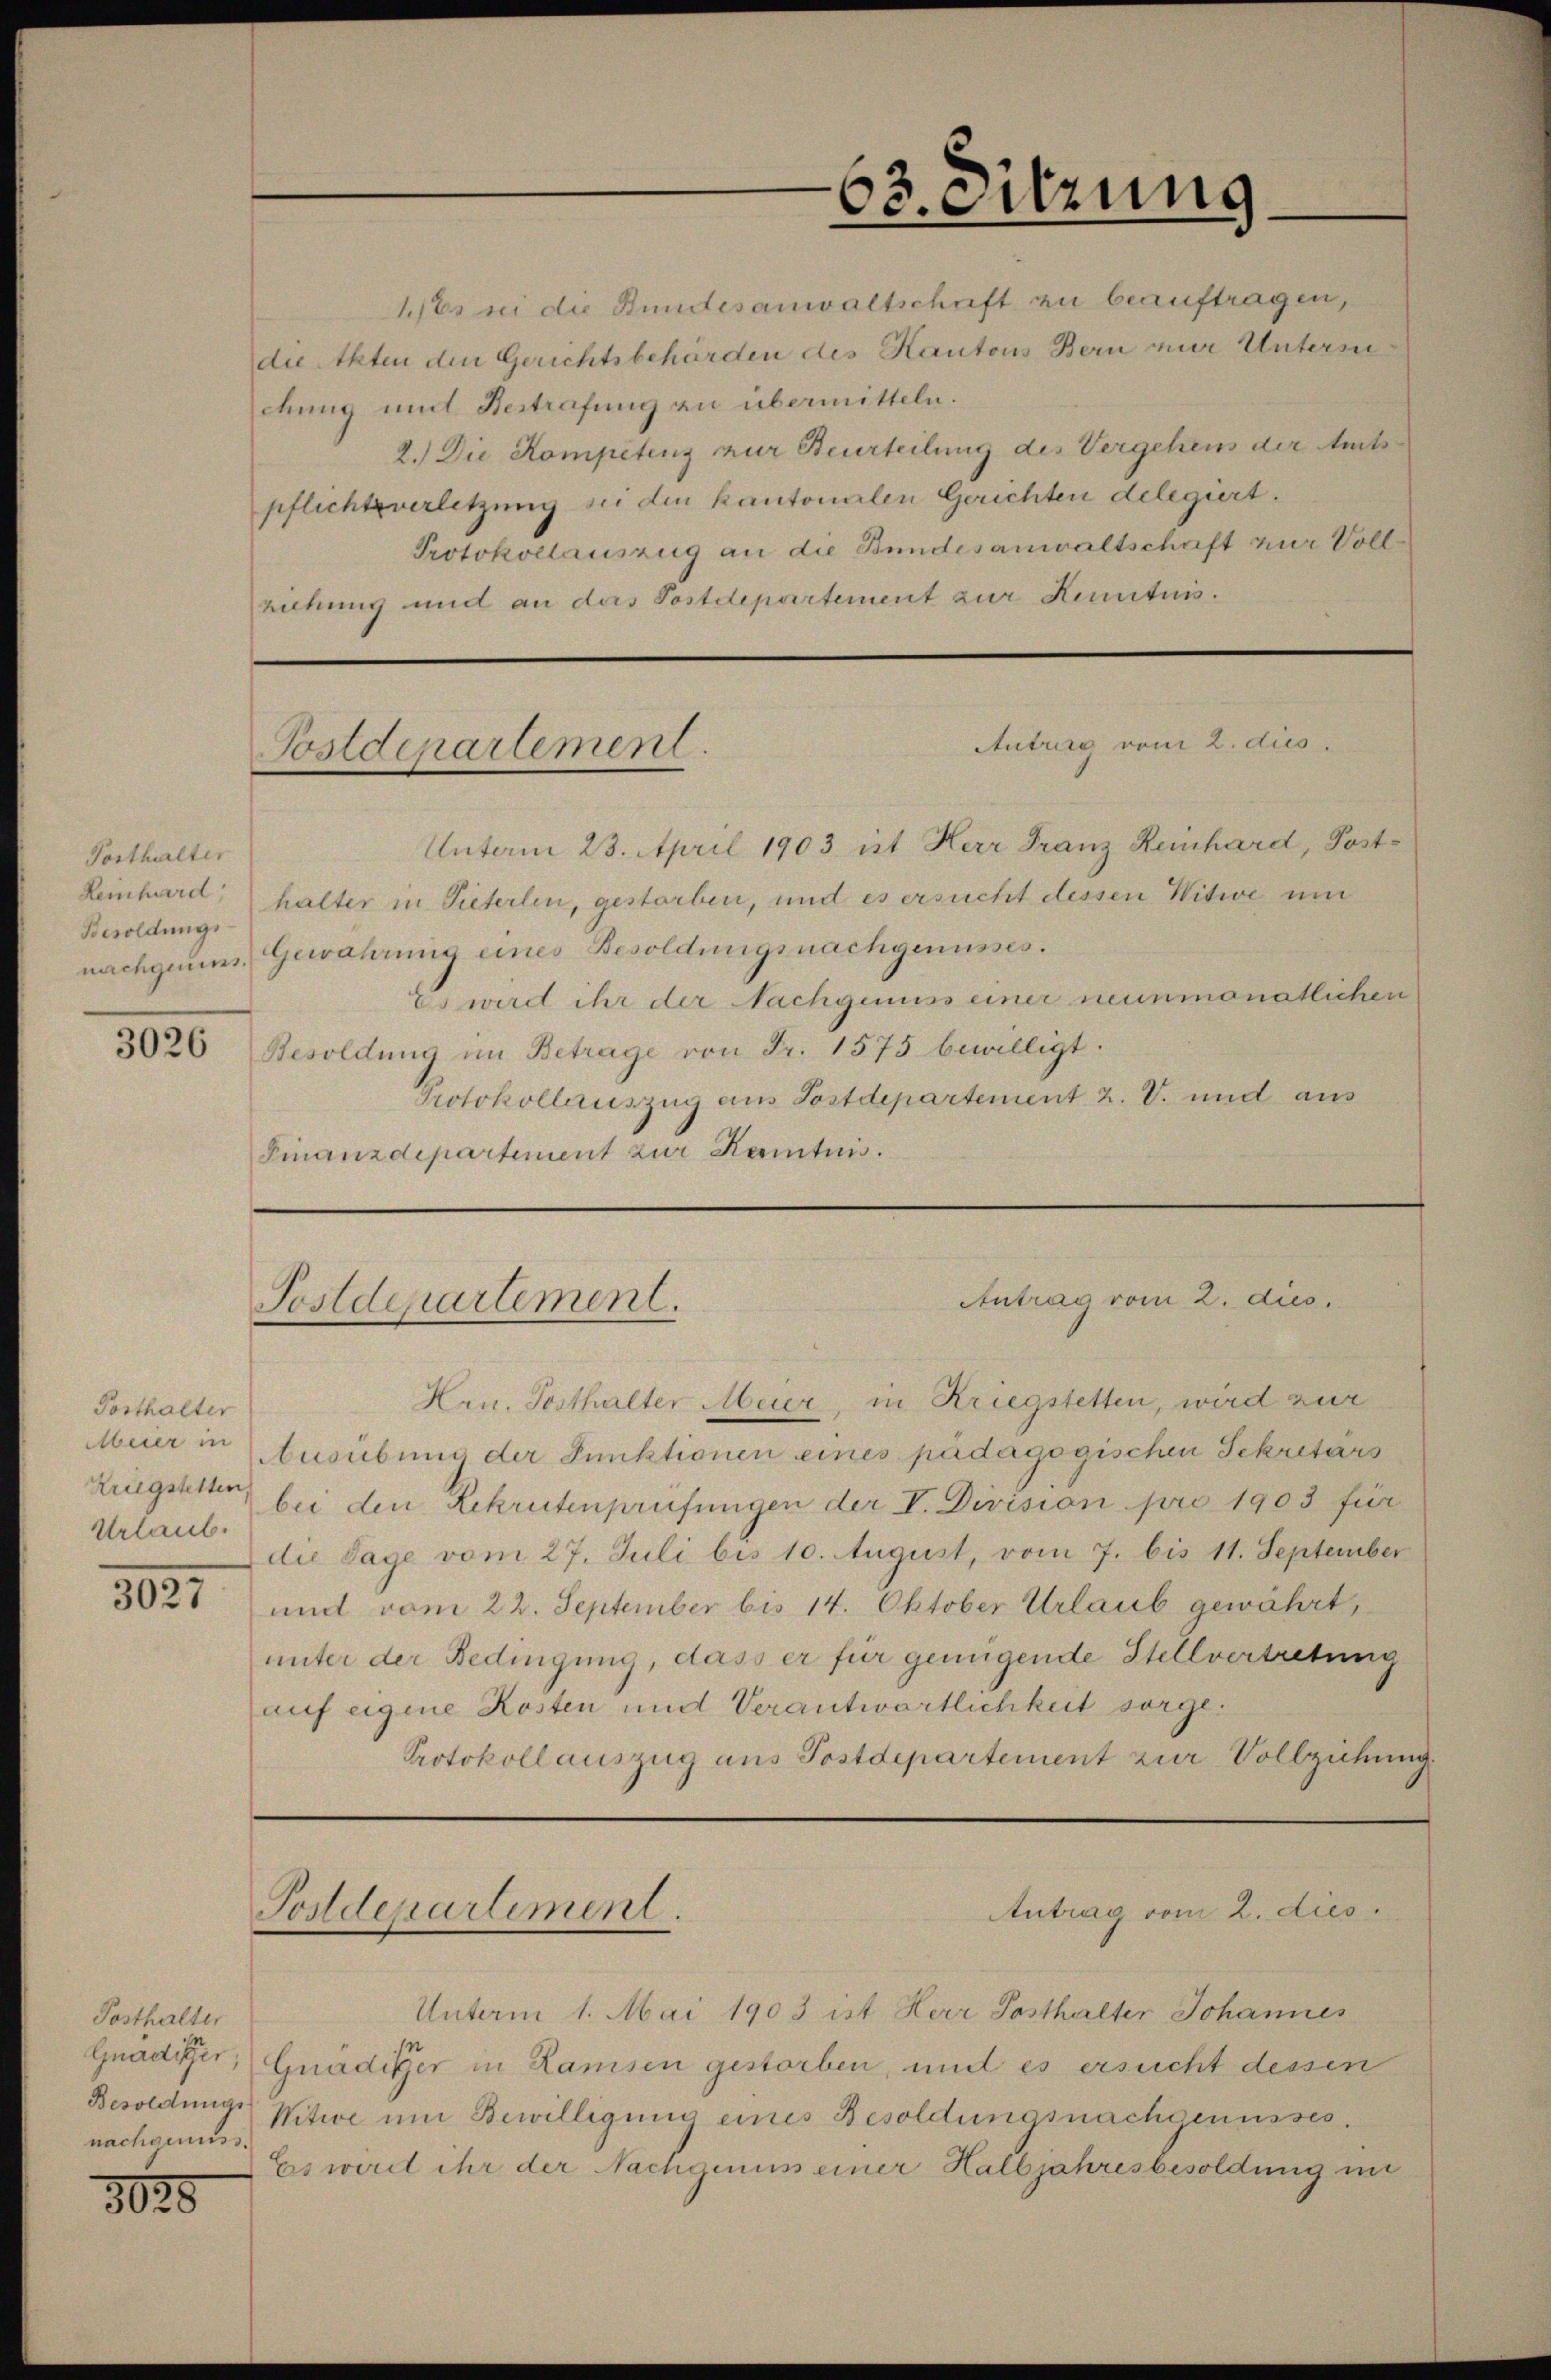
Posthalter
Besoldungs-

3026

Posthalter
Urlaub.

3025

Posthalter
Besoldungs
nachgenuss.

3020

Postdepartement

Postdepartement.

Postdepartement.

63. cirung

1tes in die Bundesanwaltschaft zu beauftragen,
die Akten den Gerichtsbehörden des Kantons Bern nur Untersuchung und Bestrafung zu übermitteln.
2.) Die Kompetenz nur Beurteilung des Vergehens der Amtspflichtverletzung sei den kantonalen Gerichten delegiert.
Protokollauszug an die Bundesanwaltschaft zur Vollziehung und an das Postdepartement zur Kenntnis.

Antrag vom 2. dies

Unterm 23. April 1903 ist Herr Franz Reinhard, Post¬
Reinhard, halter in Tieferlen, gestorben, und es ersucht dessen Witwe un
nachgium Gewährung eines Besoldungsnachgenusses.
Es wird ihr der Nachgenuss einer nunmonatlichen
Besoldung im Betrage von Fr. 1575 bewilligt.
Protokollauszug aus Postdepartement 2. V. und aus
Finanzdepartement zur Kenntnis.

Antrag vom 2. dies.

Unterm 1. Mai 1903 ist Herr Posthalter Johannes
In
Gnädiger, Gnädiger in Ramsen gestorben, und es ersucht dessen
Witwe um Bewilligung eines Besoldungsnachgenusses.
Es wird ihr der Nachgenuss einer Halbjahresbesoldung in

Hrn. Posthalter Meier, in Kriegstetten, wird zur
Meier in Ausübung der Punktionen eines pädagogischen Sekretärs
Kriegsetter bei den Rekrutenprüfungen der V. Division pro 1903 für
die Sage vom 27. Juli bis 10. August, vom 7. bis 11. September
und vom 22. September bis 14. Oktober Urlaub gewährt,
unter der Bedingung, dass er für genügende Stellvertretung
auf eigene Kosten und Verantwortlichkeit sorge¬
Protokoll auszug aus Postdepartement zur Vollziehung

Antrag vom 2. dies